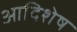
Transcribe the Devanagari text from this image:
आदिशेष